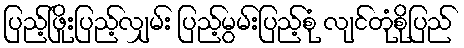
ပြည့်ဖြိုးပြည့်လျှမ်း ပြည့်မွမ်းပြည့်စုံ လျင်တုံစိုပြည်